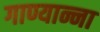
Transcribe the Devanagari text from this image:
गाण्यान्ना